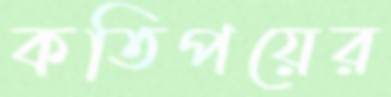
কতিপয়ের